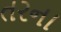
તરના